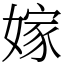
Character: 嫁